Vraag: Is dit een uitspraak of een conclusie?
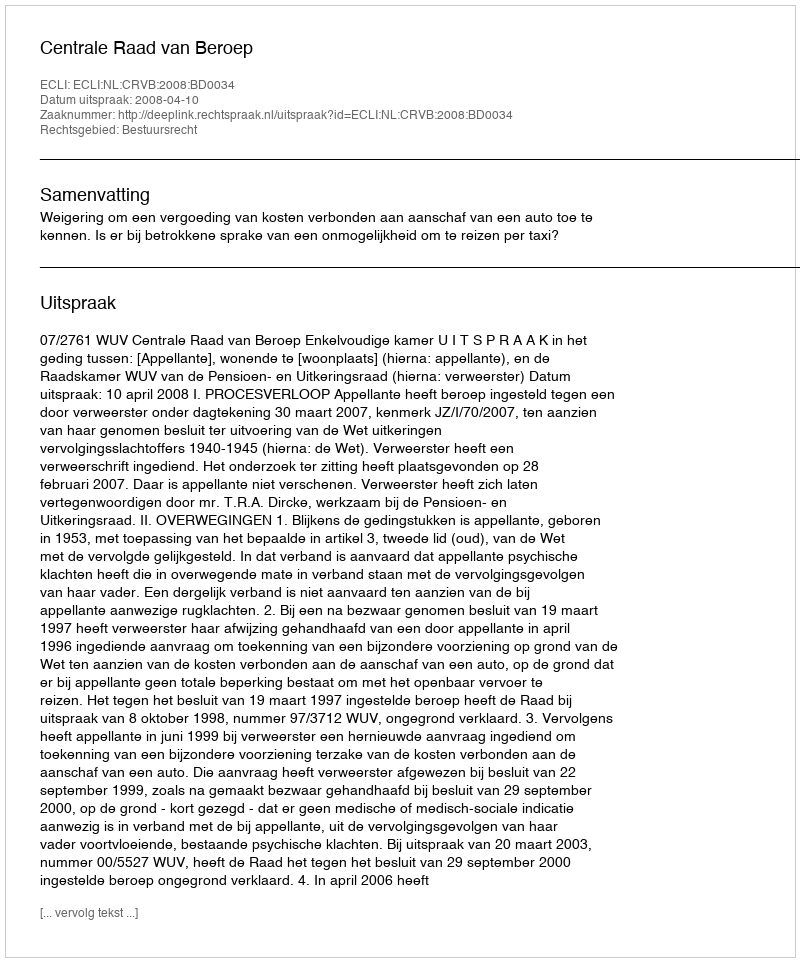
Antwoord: Uitspraak